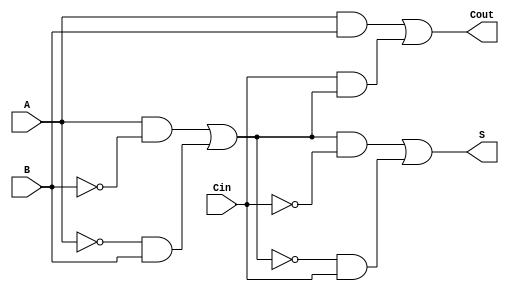
module TransmissionGateFullAdder (
    input A,      // First binary input
    input B,      // Second binary input
    input Cin,    // Carry input
    output S,     // Sum output
    output Cout    // Carry output
);

// Internal wires for intermediate signals
wire A_xor_B;
wire A_and_B;
wire Cin_and_A_xor_B;

// Transmission Gate XOR Implementation
assign A_xor_B = (A & ~B) | (~A & B); // A  B
assign S = (A_xor_B & ~Cin) | (~A_xor_B & Cin); // S = A  B  Cin

// Transmission Gate AND Implementation
assign A_and_B = A & B; // A  B
assign Cin_and_A_xor_B = Cin & A_xor_B; // Cin  (A  B)

// Carry Output Calculation
assign Cout = A_and_B | Cin_and_A_xor_B; // Cout = (A  B) + (Cin  (A  B))

endmodule